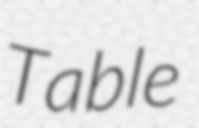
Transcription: Table